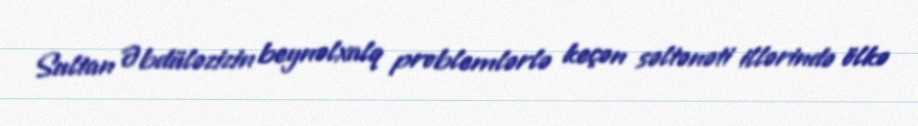
Sultan Əbdüləzizin beynəlxalq problemlərlə keçən səltənəti illərində ölkə